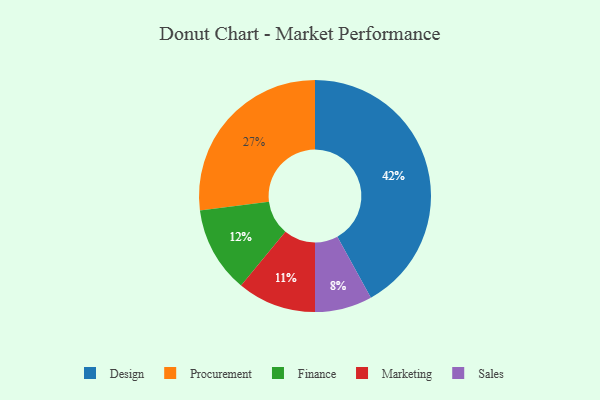
{"axis": {"x": "Category", "y": "Percentage"}, "legend": ["Design", "Finance", "Marketing", "Procurement", "Sales"], "data": [{"x": "Design", "y": 42, "type": "Design"}, {"x": "Finance", "y": 12, "type": "Finance"}, {"x": "Procurement", "y": 27, "type": "Procurement"}, {"x": "Sales", "y": 8, "type": "Sales"}, {"x": "Marketing", "y": 11, "type": "Marketing"}]}